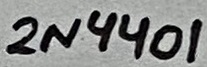
Text: 2N4401